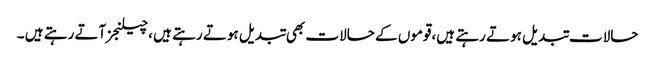
حالات تبدیل ہوتے رہتے ہیں،قوموں کے حالات بھی تبدیل ہوتے رہتے ہیں ،چیلنجز آتے رہتے ہیں ۔